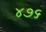
૪૭૬